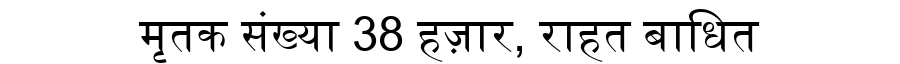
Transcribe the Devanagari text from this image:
मृतक संख्या 38 हज़ार, राहत बाधित